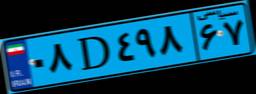
۳۵D۷۲۷۲۷